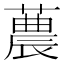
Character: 蕽